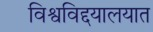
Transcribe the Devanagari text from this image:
विश्वविद्दयालयात